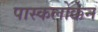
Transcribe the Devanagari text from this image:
पास्कलोक्केन